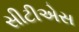
સીટીએસ